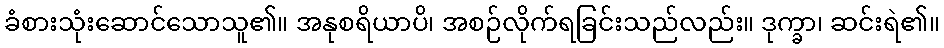
ခံစားသုံးဆောင်သောသူ၏။ အနုစရိယာပိ၊ အစဉ်လိုက်ရခြင်းသည်လည်း။ ဒုက္ခာ၊ ဆင်းရဲ၏။